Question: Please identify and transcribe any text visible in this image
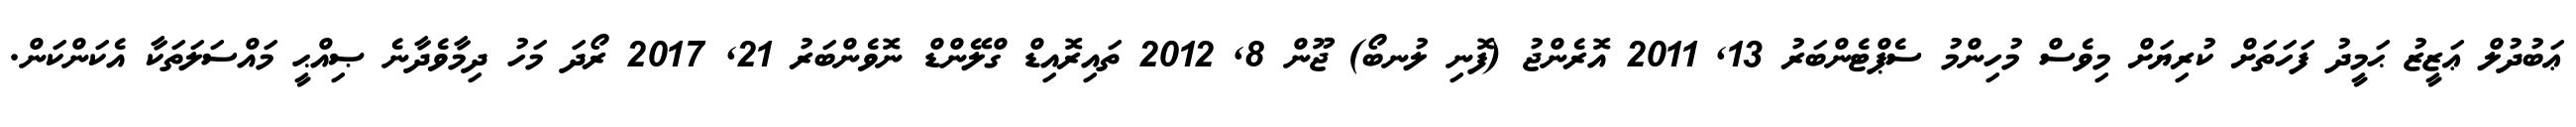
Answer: ޢަބުދުލް ޢަޒީޒު ޙަމީދު ފަހަތަށް ކުރިޔަށް މިވެސް މުހިންމު ސެޕްޓެންބަރު 13, 2011 އޮރެންޖު (ފޮނި ލުނބޯ) ޖޫން 8, 2012 ތައިރޮއިޑް ގްލޭންޑް ނޮވެންބަރު 21, 2017 ރޯދަ މަހު ދިމާވެދާނެ ޞިއްޙީ މައްސަލަތަކާ އެކަންކަން.